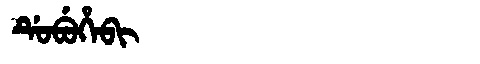
Manchu: ᡩᡠᠪᡠᡥᡝᠪᡳ
Romanization: DUBUHEBI